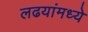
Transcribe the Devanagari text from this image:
लढयांमध्ये